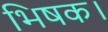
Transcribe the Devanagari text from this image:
भिषक।